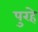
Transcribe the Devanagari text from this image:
पुरहे